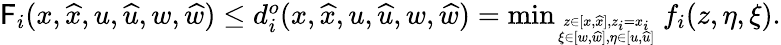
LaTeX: \begin{array}{r}{\mathsf{F}_{i}(x,\widehat{x},u,\widehat{u},w,\widehat{w})\le d_{i}^{o}(x,\widehat{x},u,\widehat{u},w,\widehat{w})=\operatorname*{min}_{z\in[x,\widehat{x}],z_{i}=x_{i}\atop\xi\in[w,\widehat{w}],\eta\in[u,\widehat{u}]}f_{i}(z,\eta,\xi).}\end{array}